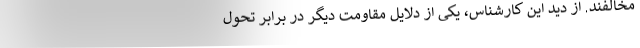
مخالفند. از دید این کارشناس، یکی از دلایل مقاومت دیگر در برابر تحول